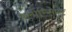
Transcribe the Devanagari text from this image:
फ्लोरिसेण्ट